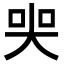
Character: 𡘜